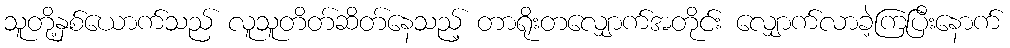
သူတို့နှစ်ယောက်သည် လူသူတိတ်ဆိတ်နေသည့် တာရိုးတလျှောက်အတိုင်း လျှောက်လာခဲ့ကြပြီးနောက်